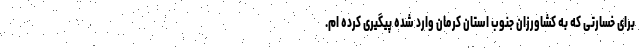
برای خسارتی که به کشاورزان جنوب استان کرمان وارد شده پیگیری کرده ام.